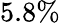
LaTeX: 5.8\%